King Institute of Preventive Medicine Micro-Biological Section reports 1912-19
Year: 1912
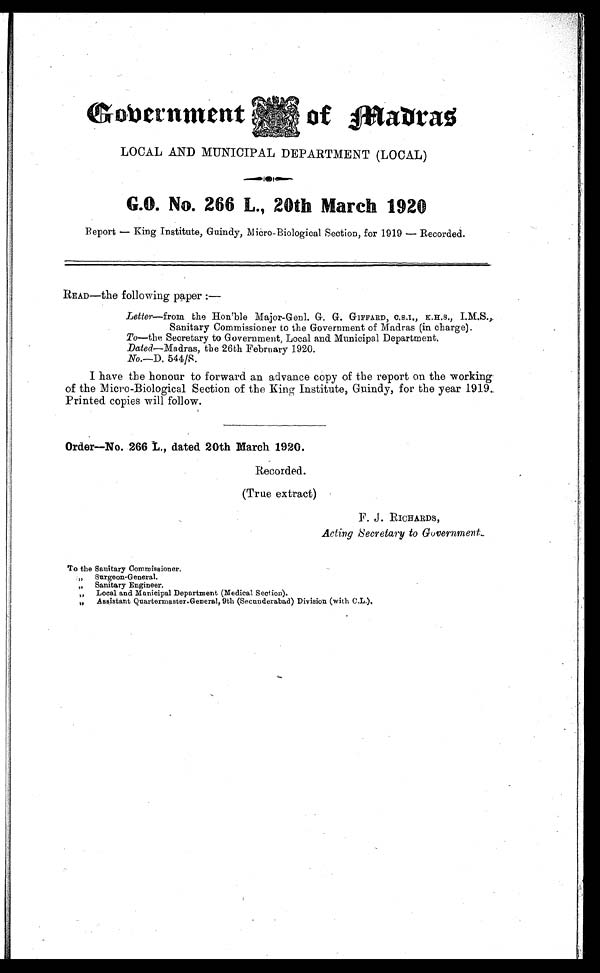
Government
of Madras
LOCAL AND MUNICIPAL DEPARTMENT (LOCAL)
G.O. No. 266 L., 20th March 1920
Report — King Institute, Guindy, Micro-Biological Section, for 1919 — Recorded.
READ—the following paper :—
Letter—from the Hon'ble Major-Genl. G. G. GIFFARD, C.S.I., K.H.S., I.M.S.,
Sanitary Commissioner to the Government of Madras (in charge).
To—the Secretary to Government, Local and Municipal Department.
Dated—Madras, the 26th February 1920.
No.—D . 544/S.
I have the honour to forward an advance copy of the report on the working
of the Micro-Biological Section of the King Institute, Guindy, for the year 1919.
Printed copies will follow.
Order—No. 266 L., dated 20th March 1920.
Recorded.
(True extract)
F. J . RICHARDS,
Acting Secretary to Government.
To the Sanitary Commissioner.
„ Surgeon-General.
„ S a n i t a r y E n g i n e e r .
„ Local and Municipal Department (Medical. Section).
„ Assistant Quartermaster General, 9th (Secunderabad) Division (with C.L.).